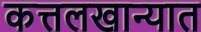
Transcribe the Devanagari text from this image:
कत्तलखान्यात